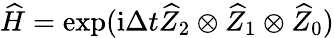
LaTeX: \widehat{H}=\exp(\mathrm{i}\Delta t\widehat{Z}_{2}\otimes\widehat{Z}_{1}\otimes\widehat{Z}_{0})